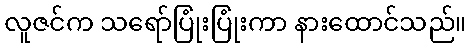
လူဇင်က သရော်ပြုံးပြုံးကာ နားထောင်သည်။